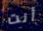
أنت